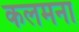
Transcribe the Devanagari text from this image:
कलमना